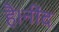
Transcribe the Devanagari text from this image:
है।नींद